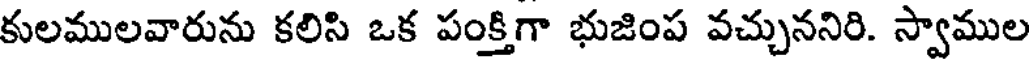
కులములవారును కలిసి ఒక పంక్తిగా భుజింప వచ్చుననిరి. స్వాముల